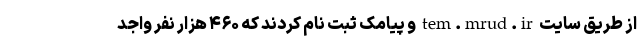
از طریق سایت tem.mrud.ir و پیامک ثبت نام کردند که ۴۶۰ هزار نفر واجد